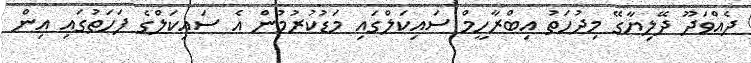
ދެއްވަދޫ ދޭލިޔާގޭ މިދުހަތު އިބްރާހީމް ސައިކަލްގައި މަޑުކުރުމުން އެ ސައިކަލްގެ ފަހަތުގައި އިން